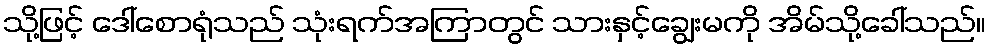
သို့ဖြင့် ဒေါ်စောရုံသည် သုံးရက်အကြာတွင် သားနှင့်ချွေးမကို အိမ်သို့ခေါ်သည်။